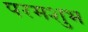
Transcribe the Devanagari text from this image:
परमशुभ